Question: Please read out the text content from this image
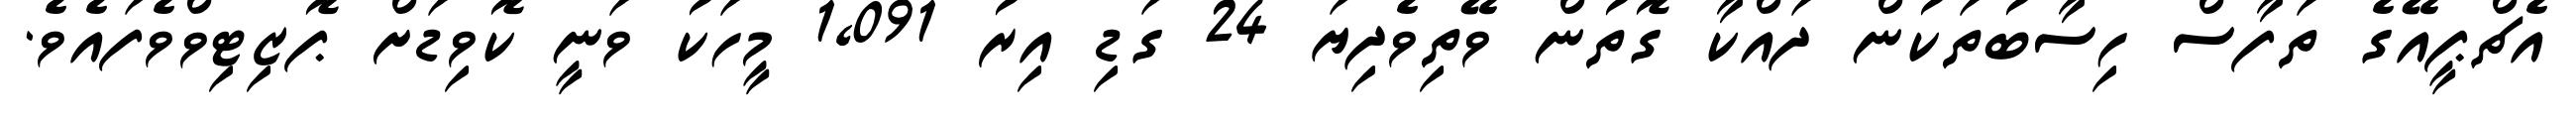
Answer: އެޗްޕީއޭގެ ތަފާސް ހިސާބުތަކުން ދައްކާ ގޮތުން ވޭތިވެދިޔަ 24 ގަޑި އިރު 1,091 މީހަކު ވަނީ ކޮވިޑަށް ޕޮޒިޓިވްވެފައެވެ.